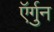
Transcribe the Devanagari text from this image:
ऍर्गुन